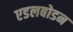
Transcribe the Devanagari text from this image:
एडलबोडन